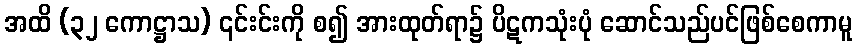
အထိ (၃၂ ကောဋ္ဌာသ) ၎င်းင်းကို စ၍ အားထုတ်ရာ၌ ပိဋကသုံးပုံ ဆောင်သည်ပင်ဖြစ်စေကာမူ